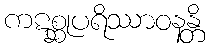
ကဋစ္ဆုပရိဿာဝနန္တိ